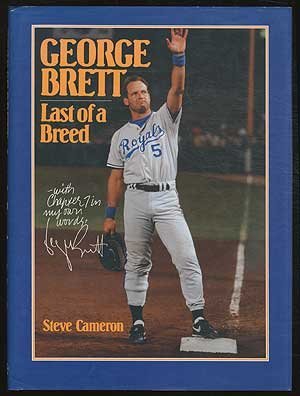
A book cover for George Brett: Last of a Breed (hbk); Steve Cameron; Sports & Outdoors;